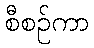
စီစဉ်ကာ